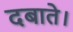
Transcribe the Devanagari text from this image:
दबाते।